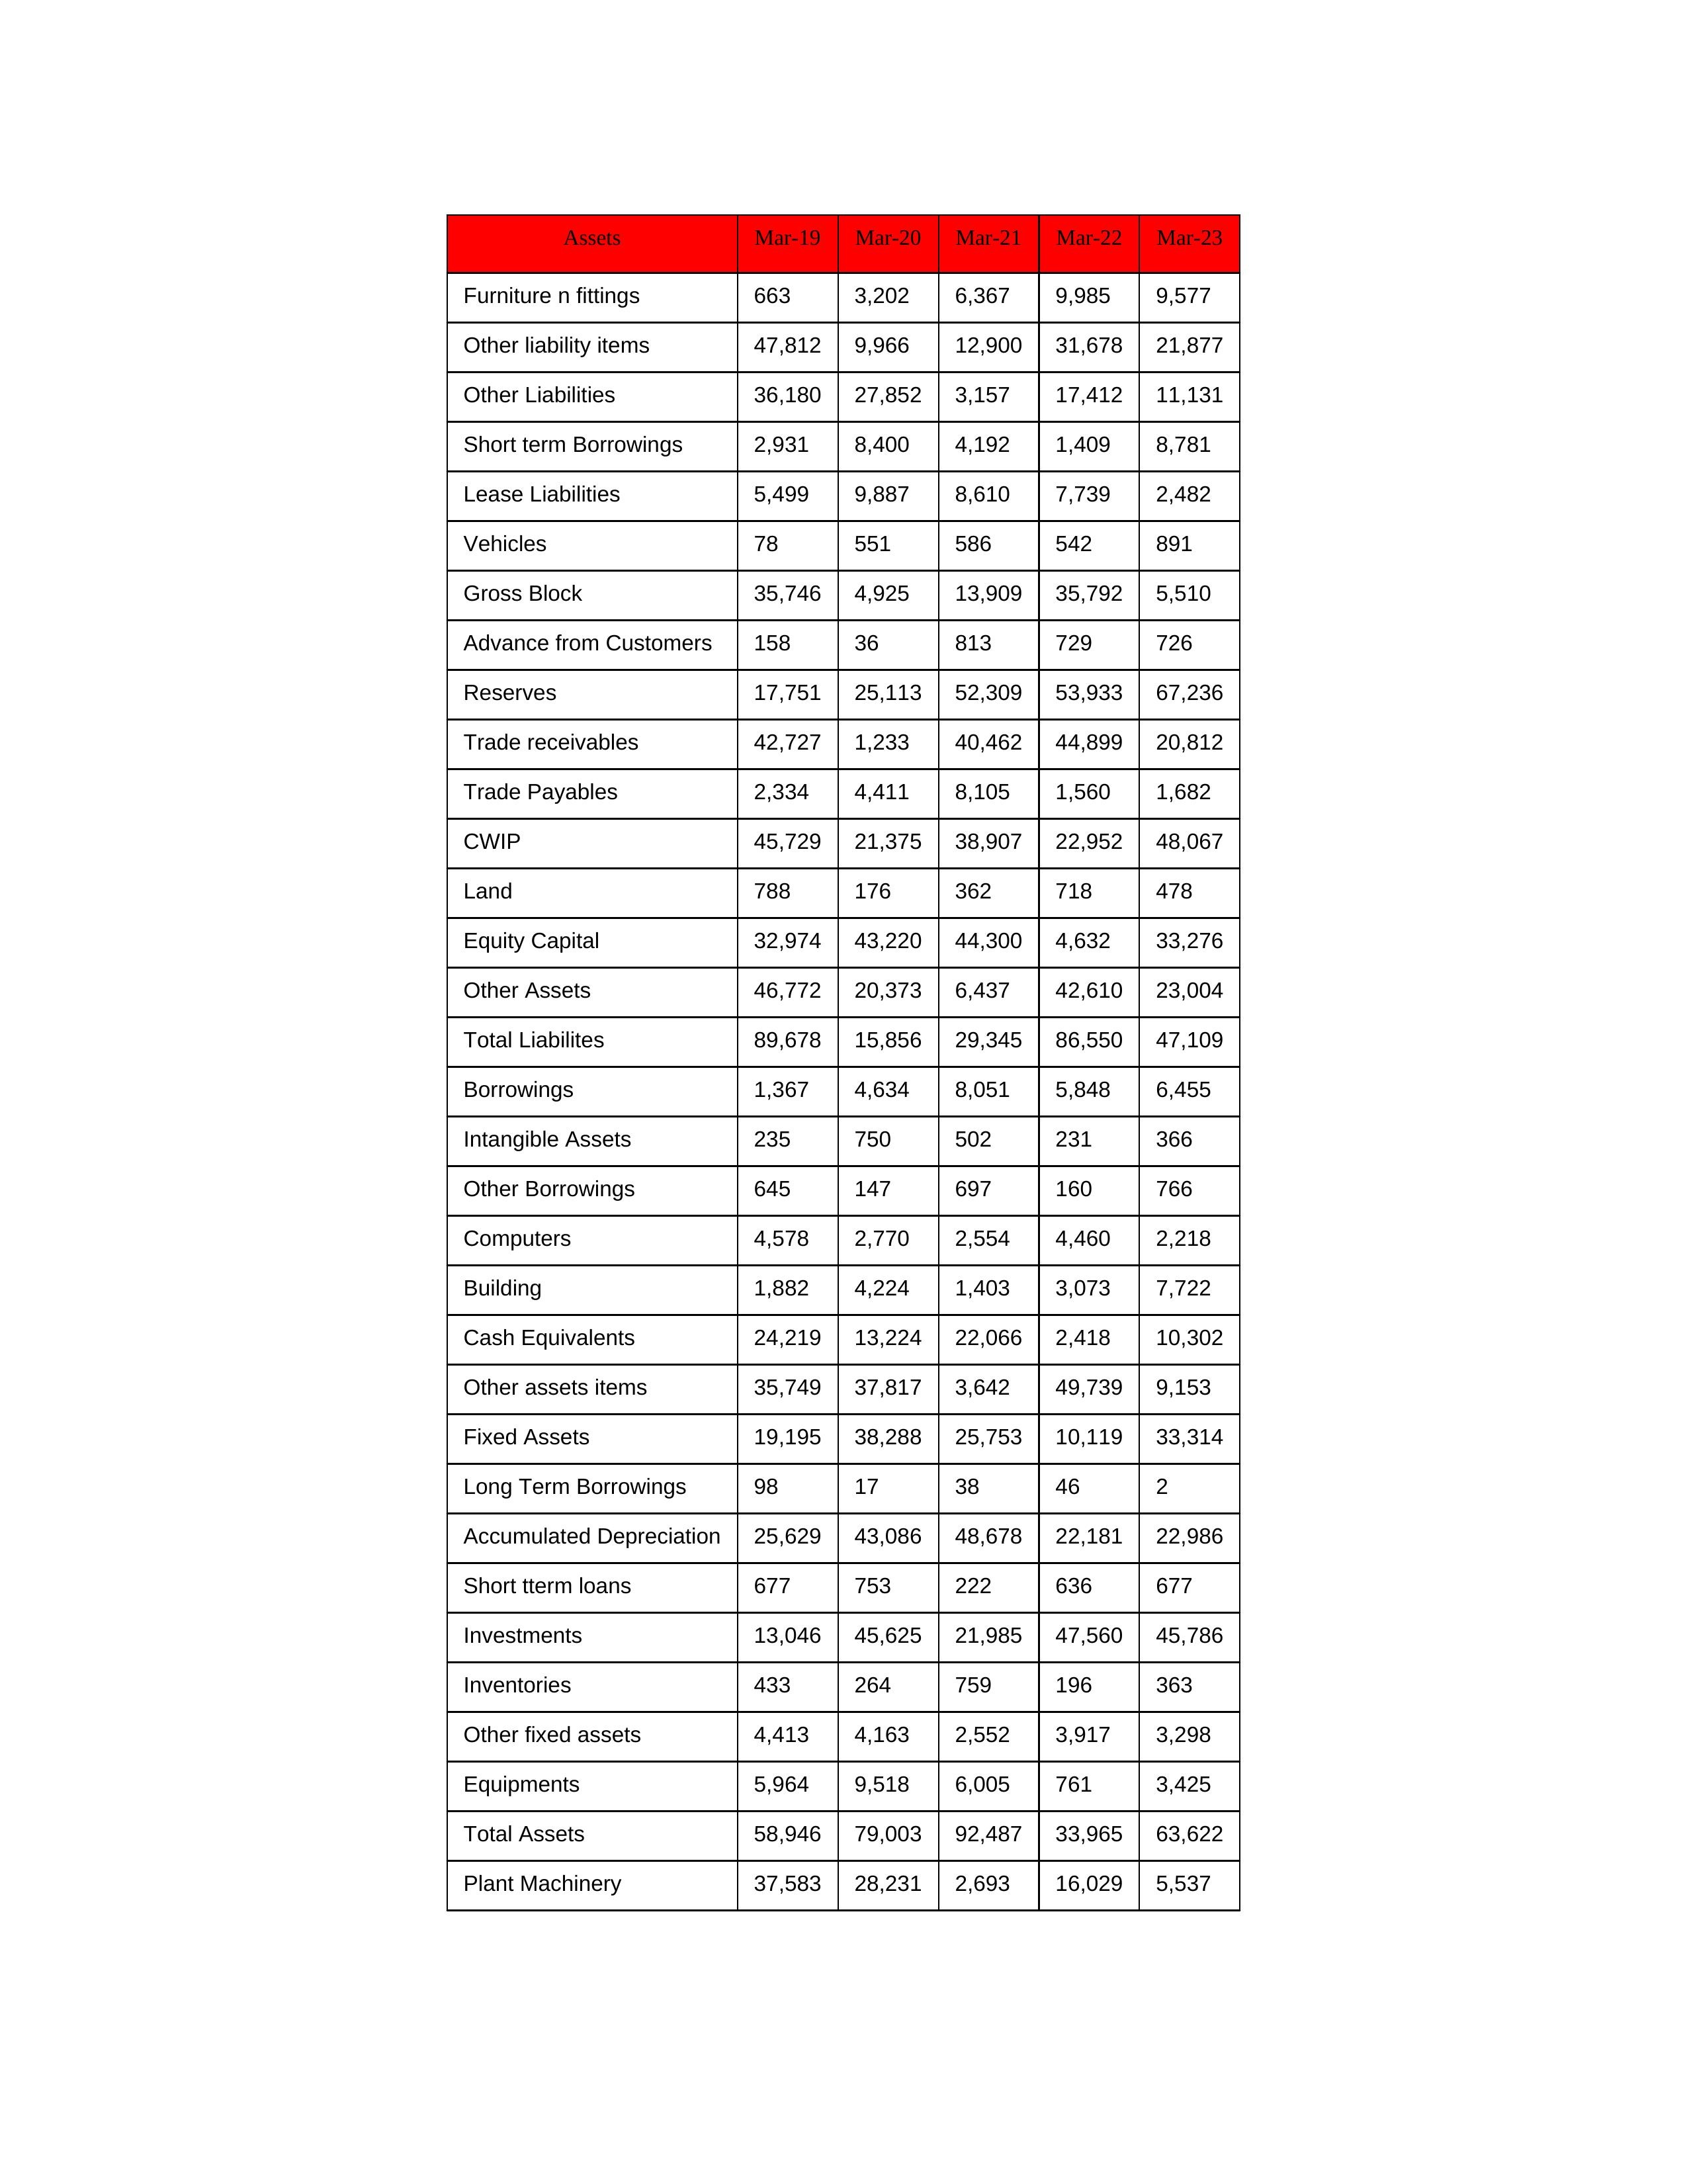
gt_parse: Mar-19: Equity Capital: 32,974
Reserves: 17,751
Borrowings: 1,367
Long Term Borrowings: 98
Short term Borrowings: 2,931
Lease Liabilities: 5,499
Other Borrowings: 645
Other Liabilities: 36,180
Trade Payables: 2,334
Advance from Customers: 158
Other liability items: 47,812
Total Liabilites: 89,678
Fixed Assets: 19,195
Land: 788
Building: 1,882
Plant Machinery: 37,583
Equipments: 5,964
Computers: 4,578
Furniture n fittings: 663
Vehicles: 78
Intangible Assets: 235
Other fixed assets: 4,413
Gross Block: 35,746
Accumulated Depreciation: 25,629
CWIP: 45,729
Investments: 13,046
Other Assets: 46,772
Inventories: 433
Trade receivables: 42,727
Cash Equivalents: 24,219
Short tterm loans: 677
Other assets items: 35,749
Total Assets: 58,946
Mar-20: Equity Capital: 43,220
Reserves: 25,113
Borrowings: 4,634
Long Term Borrowings: 17
Short term Borrowings: 8,400
Lease Liabilities: 9,887
Other Borrowings: 147
Other Liabilities: 27,852
Trade Payables: 4,411
Advance from Customers: 36
Other liability items: 9,966
Total Liabilites: 15,856
Fixed Assets: 38,288
Land: 176
Building: 4,224
Plant Machinery: 28,231
Equipments: 9,518
Computers: 2,770
Furniture n fittings: 3,202
Vehicles: 551
Intangible Assets: 750
Other fixed assets: 4,163
Gross Block: 4,925
Accumulated Depreciation: 43,086
CWIP: 21,375
Investments: 45,625
Other Assets: 20,373
Inventories: 264
Trade receivables: 1,233
Cash Equivalents: 13,224
Short tterm loans: 753
Other assets items: 37,817
Total Assets: 79,003
Mar-21: Equity Capital: 44,300
Reserves: 52,309
Borrowings: 8,051
Long Term Borrowings: 38
Short term Borrowings: 4,192
Lease Liabilities: 8,610
Other Borrowings: 697
Other Liabilities: 3,157
Trade Payables: 8,105
Advance from Customers: 813
Other liability items: 12,900
Total Liabilites: 29,345
Fixed Assets: 25,753
Land: 362
Building: 1,403
Plant Machinery: 2,693
Equipments: 6,005
Computers: 2,554
Furniture n fittings: 6,367
Vehicles: 586
Intangible Assets: 502
Other fixed assets: 2,552
Gross Block: 13,909
Accumulated Depreciation: 48,678
CWIP: 38,907
Investments: 21,985
Other Assets: 6,437
Inventories: 759
Trade receivables: 40,462
Cash Equivalents: 22,066
Short tterm loans: 222
Other assets items: 3,642
Total Assets: 92,487
Mar-22: Equity Capital: 4,632
Reserves: 53,933
Borrowings: 5,848
Long Term Borrowings: 46
Short term Borrowings: 1,409
Lease Liabilities: 7,739
Other Borrowings: 160
Other Liabilities: 17,412
Trade Payables: 1,560
Advance from Customers: 729
Other liability items: 31,678
Total Liabilites: 86,550
Fixed Assets: 10,119
Land: 718
Building: 3,073
Plant Machinery: 16,029
Equipments: 761
Computers: 4,460
Furniture n fittings: 9,985
Vehicles: 542
Intangible Assets: 231
Other fixed assets: 3,917
Gross Block: 35,792
Accumulated Depreciation: 22,181
CWIP: 22,952
Investments: 47,560
Other Assets: 42,610
Inventories: 196
Trade receivables: 44,899
Cash Equivalents: 2,418
Short tterm loans: 636
Other assets items: 49,739
Total Assets: 33,965
Mar-23: Equity Capital: 33,276
Reserves: 67,236
Borrowings: 6,455
Long Term Borrowings: 2
Short term Borrowings: 8,781
Lease Liabilities: 2,482
Other Borrowings: 766
Other Liabilities: 11,131
Trade Payables: 1,682
Advance from Customers: 726
Other liability items: 21,877
Total Liabilites: 47,109
Fixed Assets: 33,314
Land: 478
Building: 7,722
Plant Machinery: 5,537
Equipments: 3,425
Computers: 2,218
Furniture n fittings: 9,577
Vehicles: 891
Intangible Assets: 366
Other fixed assets: 3,298
Gross Block: 5,510
Accumulated Depreciation: 22,986
CWIP: 48,067
Investments: 45,786
Other Assets: 23,004
Inventories: 363
Trade receivables: 20,812
Cash Equivalents: 10,302
Short tterm loans: 677
Other assets items: 9,153
Total Assets: 63,622